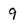
Character: 9